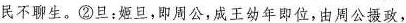
民不聊生。②旦：姬旦，即周公，成王幼年即位，由周公摄政，